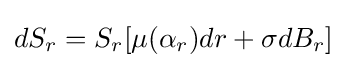
dS_{r}=S_{r}[\mu (\alpha _{r})dr+\sigma dB_{r}]